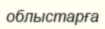
облыстарға